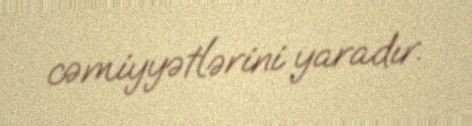
cəmiyyətlərini yaradır.